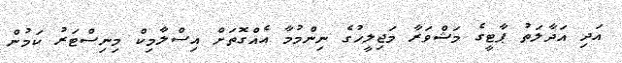
އަދި އަދާލަތު ޕާޓީގެ މަޝްވަރާ މަޖިލީހުގެ ނިންމުމާ އެއްގޮތަށް އިސްލާމިކް މިނިސްޓަރު ކަމުން